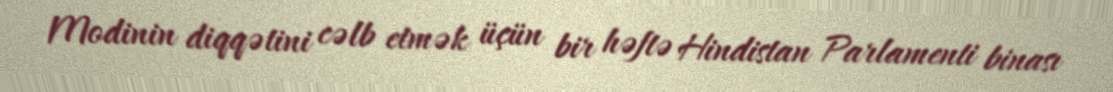
Modinin diqqətini cəlb etmək üçün bir həftə Hindistan Parlamenti binası